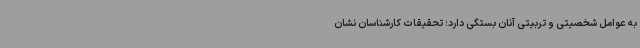
به عوامل شخصیتی و تربیتی آنان بستگی دارد؛ تحقیقات کارشناسان نشان